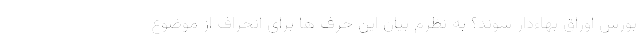
بورس اوراق بهاءدار شوند؟ به نظرم بیان این حرف ها برای انحراف از موضوع